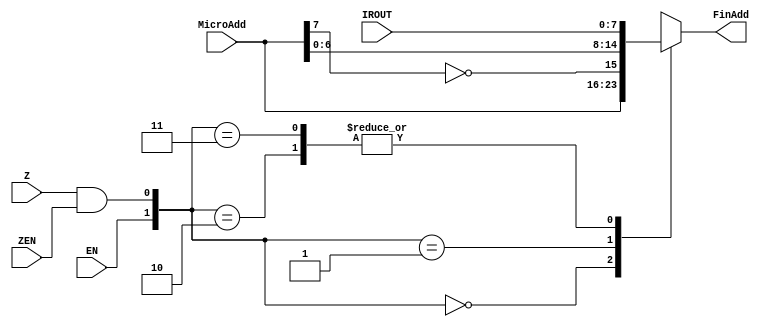
module AddDecoder(ZEN , Z , IROUT , MicroAdd , FinAdd , EN);
input ZEN;
input Z;
input  [7:0] IROUT;
input EN;
input [7:0] MicroAdd;
output [7:0] FinAdd;
reg [7:0] FinAdd;
wire Zo;
//wire ENo;
wire [1:0] test;

assign Zo = Z& ZEN;
assign test = {EN ,Zo};
always @ (test or IROUT  or MicroAdd)
begin
 
case(test)
	2'b00 : FinAdd <= MicroAdd;
	2'b01 : FinAdd <= {~MicroAdd[7],MicroAdd[6:0]};
	2'b10 : FinAdd <= IROUT;
	2'b11 : FinAdd <= IROUT;
	
endcase

end




endmodule